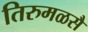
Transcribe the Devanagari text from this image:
तिरुमळसै